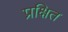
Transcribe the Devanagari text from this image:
प्रक्षित